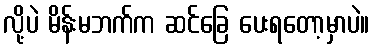
လို့ပဲ မိန်းမဘက်က ဆင်ခြေ ပေးရတော့မှာပဲ။